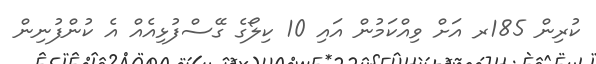
ކުރިން 185ރ އަށް ވިއްކަމުން އައި 10 ކިލޯގެ ގޭސްފުޅިއެއް އެ ކުންފުނިން